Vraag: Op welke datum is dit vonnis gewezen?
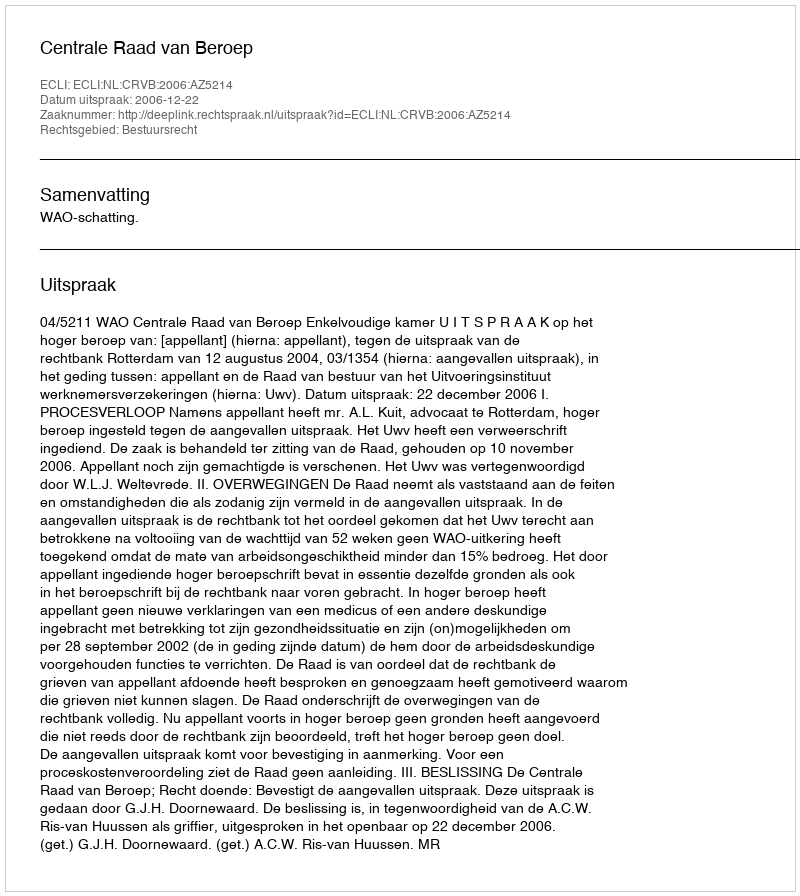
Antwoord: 2006-12-22